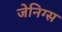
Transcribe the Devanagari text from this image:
जेनिग्स